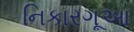
નિકારગૂઆ